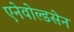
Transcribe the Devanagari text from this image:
एनेवोल्डसेन